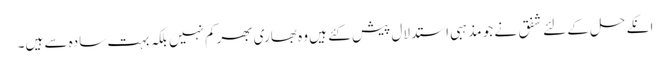
انکے حل کے لئے شفق نے جو مذہبی استدلال پیش کئے ہیں وہ بھاری بھرکم نہیں بلکہ بہت سادہ سے ہیں۔